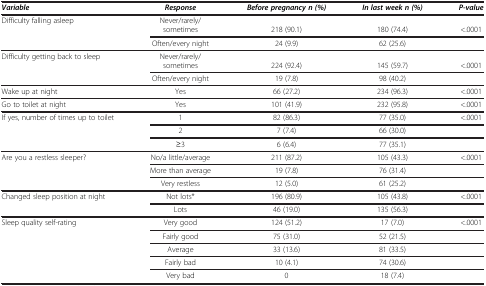
<table><thead><tr><td><b><i>Variable</i></b></td><td><b><i>Response</i></b></td><td><b><i>Before pregnancy n (%)</i></b></td><td><b><i>In last week n (%)</i></b></td><td><b><i>P-value</i></b></td></tr></thead><tbody><tr><td rowspan="2">Difficulty falling asleep</td><td>Never/rarely/</td><td> </td><td> </td><td> </td></tr><tr><td>sometimes</td><td>218 (90.1)</td><td>180 (74.4)</td><td>&lt;.0001</td></tr><tr><td> </td><td>Often/every night</td><td>24 (9.9)</td><td>62 (25.6)</td><td> </td></tr><tr><td rowspan="2">Difficulty getting back to sleep</td><td>Never/rarely/</td><td> </td><td> </td><td> </td></tr><tr><td>sometimes</td><td>224 (92.4)</td><td>145 (59.7)</td><td>&lt;.0001</td></tr><tr><td> </td><td>Often/every night</td><td>19 (7.8)</td><td>98 (40.2)</td><td> </td></tr><tr><td>Wake up at night</td><td>Yes</td><td>66 (27.2)</td><td>234 (96.3)</td><td>&lt;.0001</td></tr><tr><td>Go to toilet at night</td><td>Yes</td><td>101 (41.9)</td><td>232 (95.8)</td><td>&lt;.0001</td></tr><tr><td rowspan="3">If yes, number of times up to toilet</td><td>1</td><td>82 (86.3)</td><td>77 (35.0)</td><td>&lt;.0001</td></tr><tr><td>2</td><td>7 (7.4)</td><td>66 (30.0)</td><td> </td></tr><tr><td>≥3</td><td>6 (6.4)</td><td>77 (35.1)</td><td> </td></tr><tr><td rowspan="3">Are you a restless sleeper?</td><td>No/a little/average</td><td>211 (87.2)</td><td>105 (43.3)</td><td>&lt;.0001</td></tr><tr><td>More than average</td><td>19 (7.8)</td><td>76 (31.4)</td><td> </td></tr><tr><td>Very restless</td><td>12 (5.0)</td><td>61 (25.2)</td><td> </td></tr><tr><td rowspan="2">Changed sleep position at night</td><td>Not lots*</td><td>196 (80.9)</td><td>105 (43.8)</td><td>&lt;.0001</td></tr><tr><td>Lots</td><td>46 (19.0)</td><td>135 (56.3)</td><td> </td></tr><tr><td rowspan="5">Sleep quality self-rating</td><td>Very good</td><td>124 (51.2)</td><td>17 (7.0)</td><td>&lt;.0001</td></tr><tr><td>Fairly good</td><td>75 (31.0)</td><td>52 (21.5)</td><td> </td></tr><tr><td>Average</td><td>33 (13.6)</td><td>81 (33.5)</td><td> </td></tr><tr><td>Fairly bad</td><td>10 (4.1)</td><td>74 (30.6)</td><td> </td></tr><tr><td>Very bad</td><td>0</td><td>18 (7.4)</td><td> </td></tr></tbody></table>